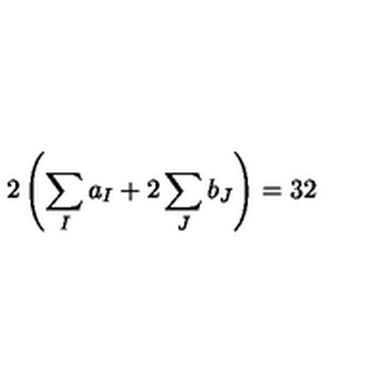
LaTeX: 2 \left( \sum _ { I } a _ { I } + 2 \sum _ { J } b _ { J } \right) = 3 2